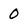
Character: 0